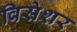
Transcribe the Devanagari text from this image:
विसेशर